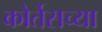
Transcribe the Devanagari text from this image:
कोर्तेसच्या